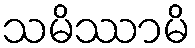
သမိဿာမိ